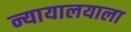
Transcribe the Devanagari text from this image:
न्यायालयाला